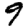
Digit: 9